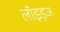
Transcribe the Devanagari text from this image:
लॉइड्ज